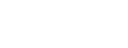
ပဒက္ခိဏဂ္ဂါဟီ